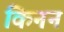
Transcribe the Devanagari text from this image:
किनन